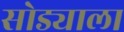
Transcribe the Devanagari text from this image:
सोड्याला